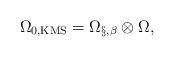
LaTeX: \begin{align*}\Omega_{0,\rm KMS} = \Omega_{\S,\beta}\otimes \Omega,\end{align*}